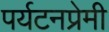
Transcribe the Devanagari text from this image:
पर्यटनप्रेमी